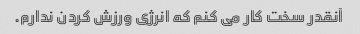
آنقدر سخت کار می کنم که انرژی ورزش کردن ندارم.